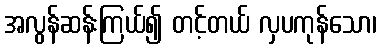
အလွန်ဆန်းကြယ်၍ တင့်တယ် လှပကုန်သော၊